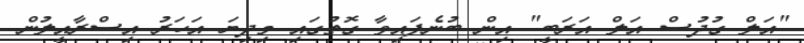
"އަލް ގުދުސް އަލް އަރަބީ" އިން ބުނެފައިވާ ގޮތުގައި މިދިޔަ އަހަރު އިސްރާއީލުން